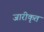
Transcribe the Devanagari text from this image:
जारीकृत